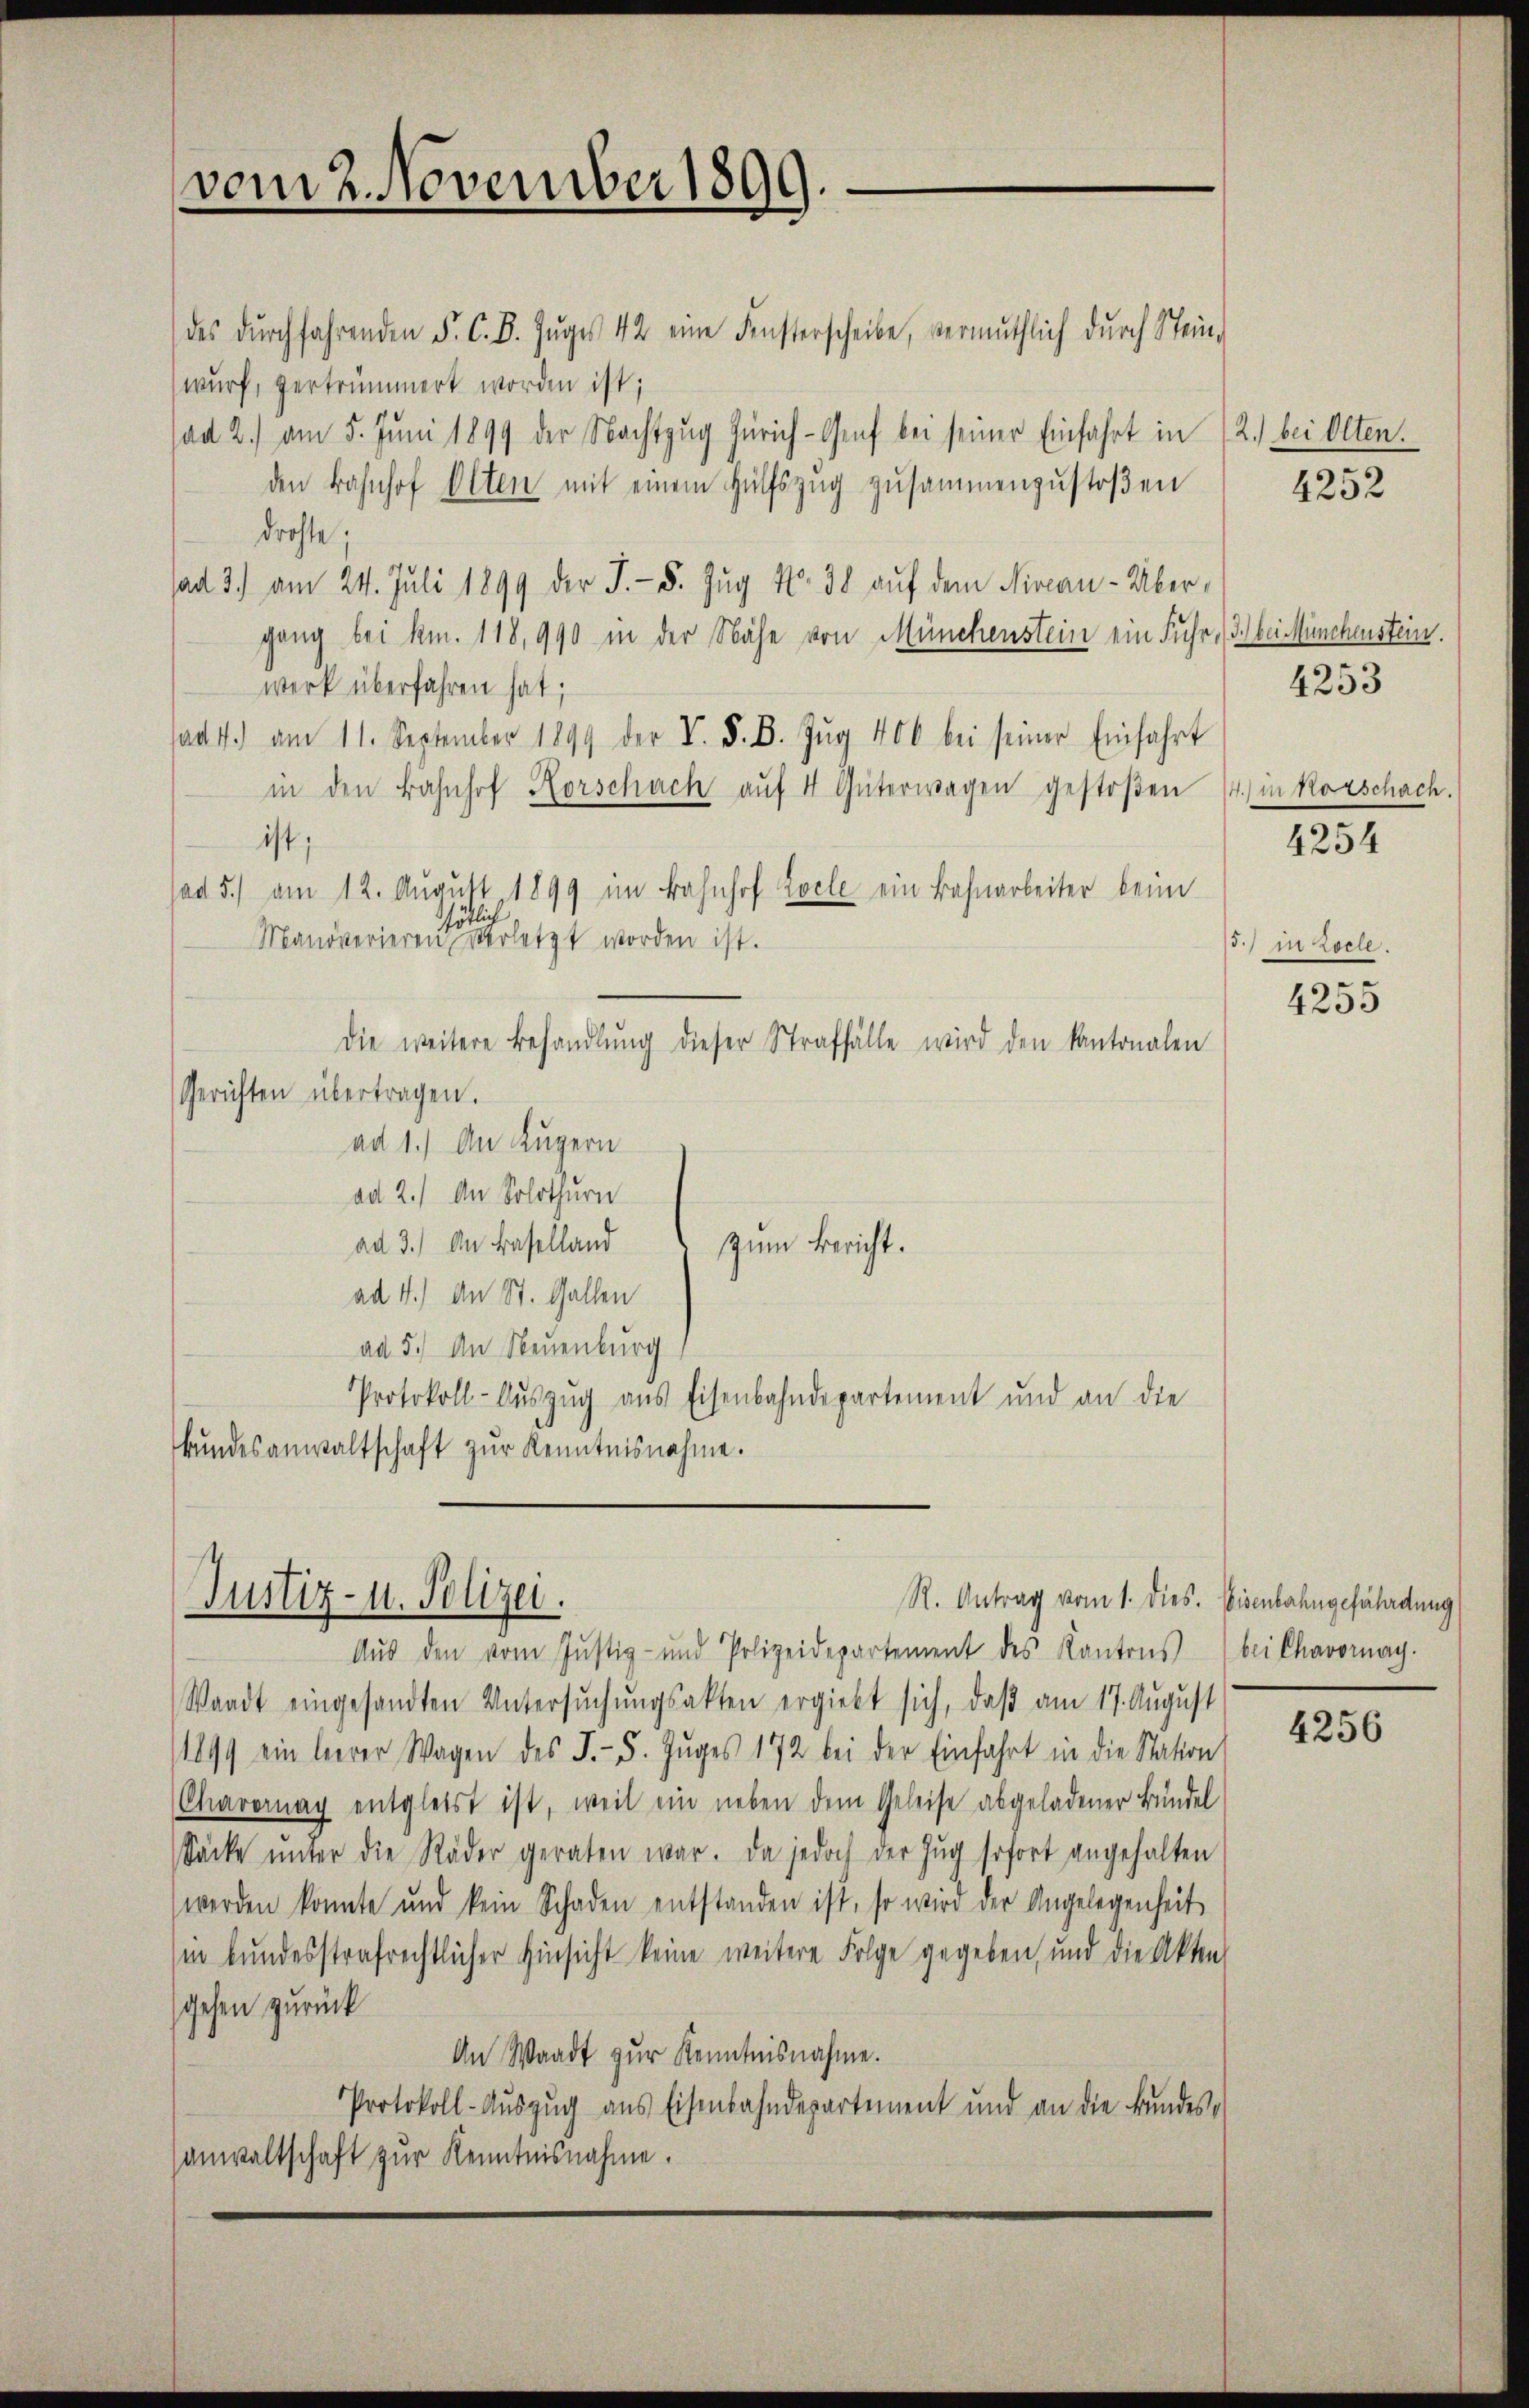
des dŭrchfahrenden F. C. D. Zŭgers 42 eine Fensterscheibe, vermuthlich dŭrch Stein-
wurf, vertrümmert worden ist;
sad 2.) am 5. Juni 1899 der Nachtzug Zürich - Genf bei seiner Einfahrt in 12. bei Olten.
den Bahnhof Olten mit einem Hülfszug zusammenzustoßen
drohte;
sad 3.) am 24. Juli 1899 der J.- 5. Zŭg No. 38 aŭf dem Niveau-Übergang bei km. 118,990 in der Nähe von Münchenstein ein Fuhr,
werk überfahren hat;
ad1.) am 11. September 1899 der V. P. B. Zŭg 400 bei seiner Einfahrt
in den Bahnhof Korschach aŭf 4 Güterwagen gestoβen
ist;
sad 5.) am 12. August 1899 im Bahnhof Locle ein Bahnarbeiter beim
ötlich
Manöverieren verletzt worden ist.
die weitere Behandlŭng dieser Straffälle wird den kantonalen
Gerichten übertragen.
ad 1.) An Kugern
ad 2.) An Solothurn
ad 3.) An Baselland
zum Bericht.
ad 4.) An St. Gallen
ad 5.) An Neuenburg
Protokoll-Auszug aus Eisenbahndepartement und an die
kundesanwaltschaft zur Kenntnisnahme.

vom 2. November 1899.

R. Antrag vom 1. dies. Eisenbahngefährdung
Justiz- u. Polizei.

Aŭs den vom Justiz- und Polizeidepartement des Kantons
Waadt eingesandten Untersŭchŭngsakten ergiebt sich, daβ am 17. August
/1899 ein leerer Wagen des J.- 5. Zŭges 172 bei der Einfahrt in die Station
Charornay entgleist ist, weil ein neben dem Geleise abgeladener Bündel
Säcke ŭnter die Räder geraten war. Da jedoch der Zŭg sofort angehalten
werden konnte und kein Schaden entstanden ist, so wird der Angelegenheit
in bundesstrafrechtlicher Hinsicht keine weitere Folge gegeben, und die Akten
gehen zurück
An Waadt zur Kenntnisnahme.
Protokoll-Auszug aus Eisenbahndepartement und an die Bundessanwaltschaft zur Kenntnisnahme.

4252

I.) bei Münchenstein.
4253

4.) in Rorschach.
4254

in zolle.

4255

bei Chavornay.

4256